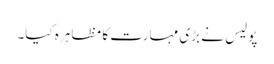
پولیس نے بڑی مہارت کا مظاہرہ کیا۔